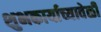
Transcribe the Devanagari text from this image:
शुभकार्याच्यावेळी